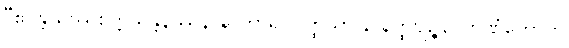
“ဧဝန္တိယဿစိတ္တသန္တနဿနာနာကာရပ္ပဝတ္ထိယာ နာနတ္ထဗျဉ္ဇနဂ္ဂဟဏံဟောတိ